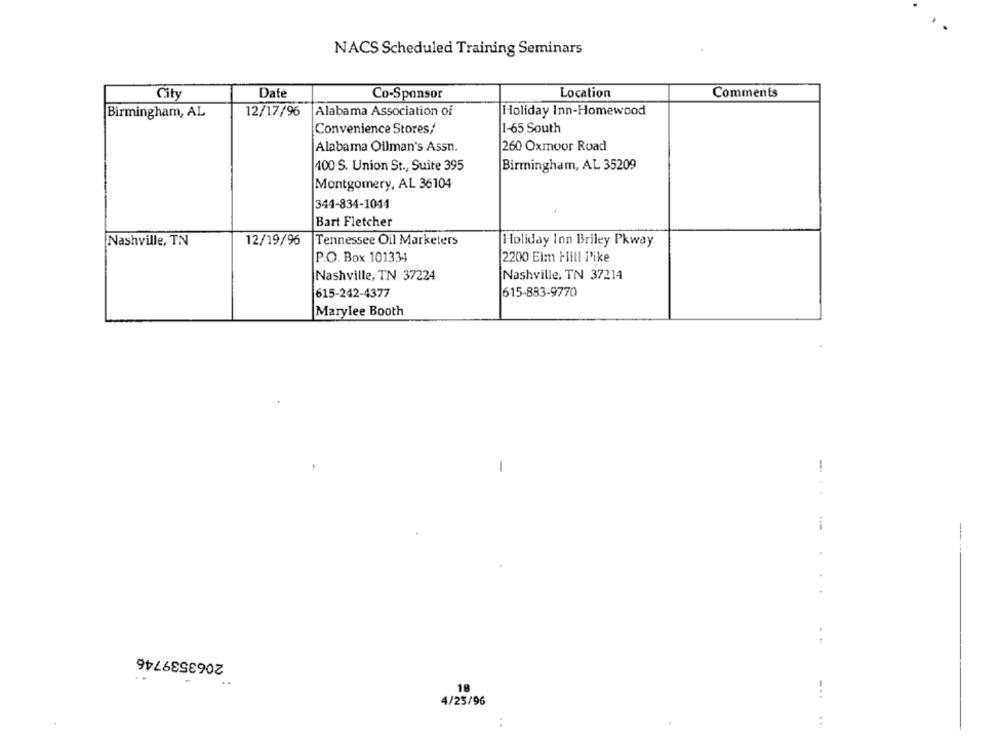
NACS Scheduled Training Seminars
City
Date
Co-Sponsor
Location
Comments
12/17/96 Alabama Association of
Holiday Inn-Homewood
Birmingham, AL
Convenience Stores/
1-65 South
Alabama Oilman's Assn.
260 Oxmoor Road
400 S. Union St ., Suite 395
Birmingham, AL 35209
Montgomery, AL 36104
344-834-1011
Bart Fletcher
Nashville, TN
12/19/96
Tennessee Oil Marketers
Holiday Inn Briley Pkway
P.O. Box 101334
2200 Elm Hill Pike
Nashville, TN 37224
Nashville, TN 37214
615-242-4377
615-883-9770
Marylee Booth
-
2063539746
. .
18
4/23/96